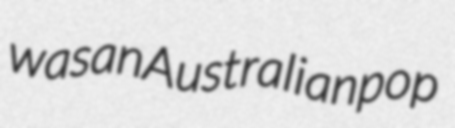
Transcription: was an Australian pop